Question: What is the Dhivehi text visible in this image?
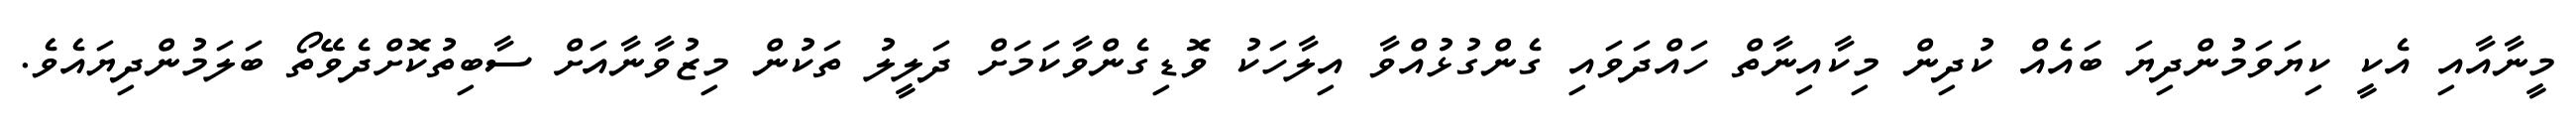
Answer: މީނާއާއި އެކީ ކިޔަވަމުންދިޔަ ބައެއް ކުދިން މިކާއިނާތް ހައްދަވައި ގެންގުޅުއްވާ އިލާހަކު ވޮޑިގެންވާކަމަށް ދަލީލު ތަކުން މިޒުވާނާއަށް ސާބިތުކޮށްދެވޭތޯ ބަލަމުންދިޔައެވެ.